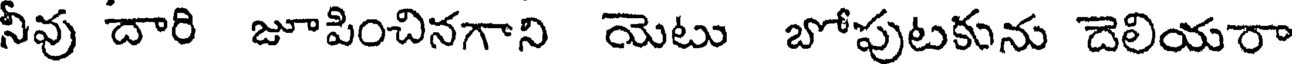
నీవు దారి జూపించినగాని యెటు బోపుటకును దెలియరా